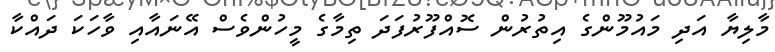
މާލިޔާ އަދި މައުމޫންގެ އިތުރުން ސޮއްފޫރުފަދަ ތިމާގެ މީހުންވެސް އޭނައާއި ވާހަކަ ދައްކާ